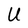
Character: U